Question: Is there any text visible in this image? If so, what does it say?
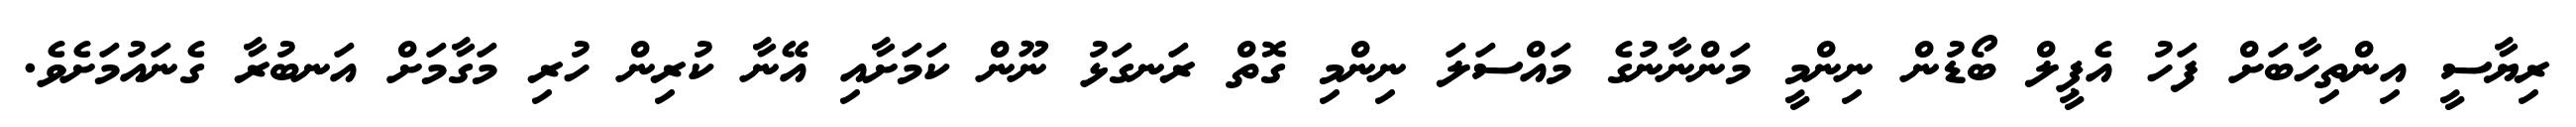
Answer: ރިޔާސީ އިންތިހާބަށް ފަހު އެޕީލް ބޯޑުން ނިންމީ މަންނާނުގެ މައްސަލަ ނިންމި ގޮތް ރަނގަޅު ނޫން ކަމަށާއި އޭނާ ކުރިން ހުރި މަގާމަށް އަނބުރާ ގެނައުމަށެވެ.